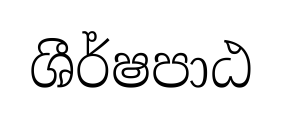
ශීර්ෂපාඨ